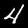
Digit: 4